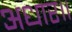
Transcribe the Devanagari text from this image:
अधार॥